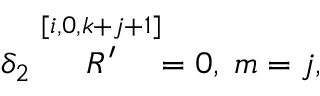
\delta _ { 2 } \stackrel { [ i , 0 , k + j + 1 ] } { R ^ { \prime } } = 0 , \; m = j ,